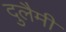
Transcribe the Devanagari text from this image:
दुलैमी